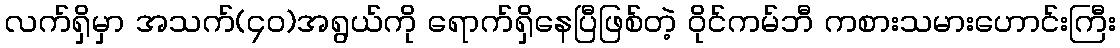
လက်ရှိမှာ အသက်(၄၀)အရွယ်ကို ရောက်ရှိနေပြီဖြစ်တဲ့ ဝိုင်ကမ်ဘီ ကစားသမားဟောင်းကြီး